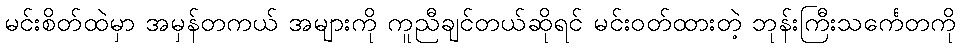
မင်းစိတ်ထဲမှာ အမှန်တကယ် အများကို ကူညီချင်တယ်ဆိုရင် မင်းဝတ်ထားတဲ့ ဘုန်းကြီးသင်္ကေတကို